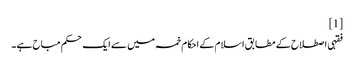
[1]
فقہی اصطلاح کے مطابق اسلام کے احکام خمسہ میں سے ایک حکم مباح ہے ۔